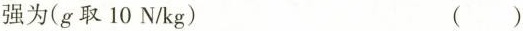
强为(g取10N/kg) ()